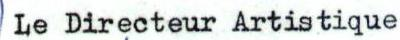
Le Directeur Artistique